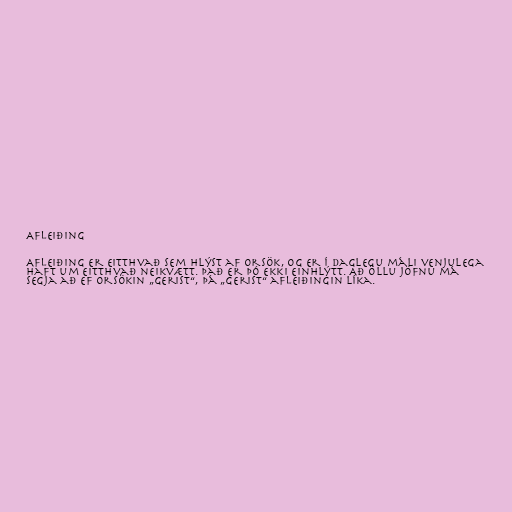
Afleiðing

Afleiðing er eitthvað sem hlýst af orsök, og er í daglegu máli venjulega
haft um eitthvað neikvætt. Það er þó ekki einhlýtt. Að öllu jöfnu má
segja að ef orsökin „gerist“, þá „gerist“ afleiðingin líka.